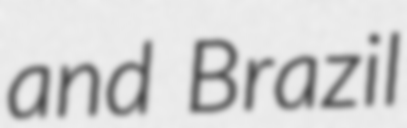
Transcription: and Brazil